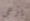
يرعى